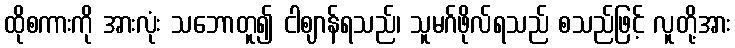
ထိုစကားကို အားလုံး သဘောတူ၍ ငါဈာန်ရသည်၊ သူမဂ်ဖိုလ်ရသည် စသည်ဖြင့် လူတို့အား